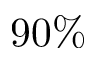
9 0 \%